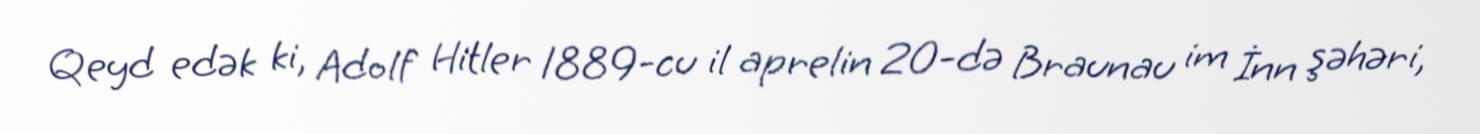
Qeyd edək ki, Adolf Hitler 1889-cu il aprelin 20-də Braunau im İnn şəhəri,